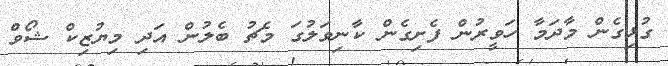
ގުޅިގެން މާދަމާ ހަވީރުން ފެށިގެން ކާނިވަލުގަ މެޗު ބެލުން އަދި މިޔުޒިކް ޝޯވް